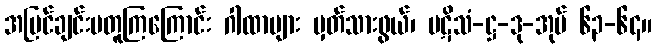
အမြင်ချင်းမတူကြကြောင်း ဂါထာများ မှတ်သားဖွယ်၊ ပဋိသံ-ဋ္ဌ-ဒု-အုပ် ၆၃-၆၄။